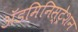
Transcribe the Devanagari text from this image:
अॅडमिनिस्ट्रेशन